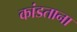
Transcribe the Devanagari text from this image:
कांडताना